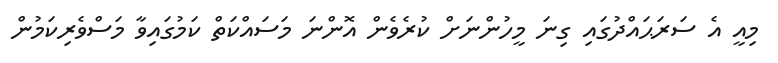
މިއީ އެ ސަރަޙައްދުގައި ގިނަ މީހުންނަށް ކުރެވެން އޮންނަ މަސައްކަތް ކަމުގައިވާ މަސްވެރިކަމުން